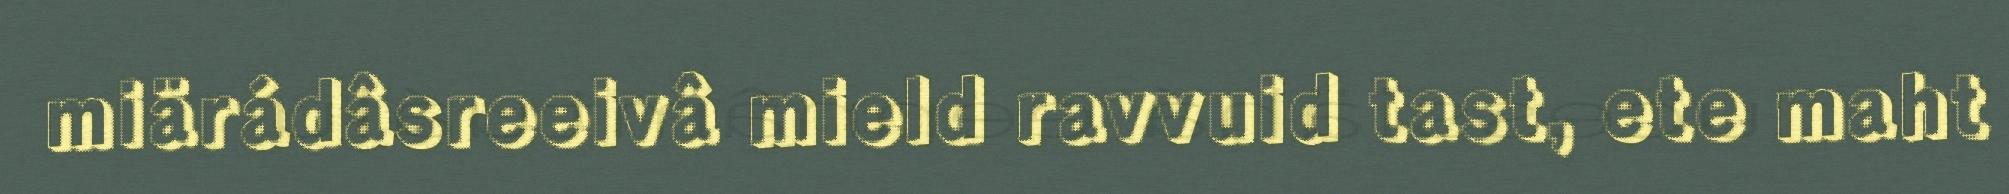
miärádâsreeivâ mield ravvuid tast, ete maht